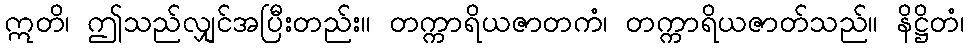
ဣတိ၊ ဤသည်လျှင်အပြီးတည်း။ တက္ကာရိယဇာတကံ၊ တက္ကာရိယဇာတ်သည်။ နိဋ္ဌိတံ၊